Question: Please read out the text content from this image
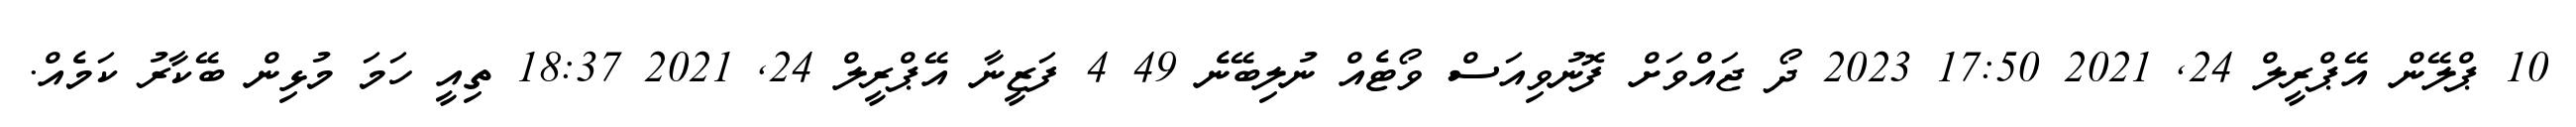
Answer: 10 ޕްލޭން އޭޕްރީލް 24, 2021 17:50 2023 ދޯ ޖައްވަށް ފޮނުވިއަސް ވޯޓެއް ނުލިބޭނެ 49 4 ފަޒީނާ އޭޕްރީލް 24, 2021 18:37 ތިއީ ހަމަ މުޅިން ބޭކާރު ކަމެއް.